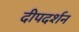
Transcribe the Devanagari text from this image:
दीपदर्शन